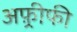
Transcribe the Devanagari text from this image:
अफ़्रीफी